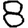
Digit: 8